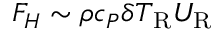
F _ { H } \sim \rho c _ { P } \delta T _ { \mathrm { R } } U _ { \mathrm { R } }